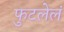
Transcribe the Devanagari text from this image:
फुटलेलं